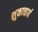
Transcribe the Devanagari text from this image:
शुकाचार्य